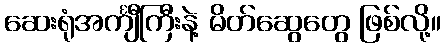
ဆေးရုံအင်္ကျီကြီးနဲ့ မိတ်ဆွေတွေ ဖြစ်လို့။